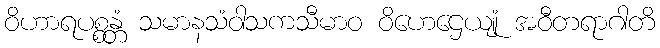
ဝိဟာရပစ္စန္တံ သမာနသံဝါသကသီမာဝ ဝိဟေဌေယျုံ အဝီတရာဂါတိ